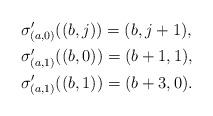
LaTeX: \begin{align*}&\sigma'_{(a,0)}((b,j))=(b,j+1),\\&\sigma'_{(a,1)}((b,0))=(b+1,1),\\&\sigma'_{(a,1)}((b,1))=(b+3,0).\end{align*}